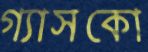
গ্যাসকো